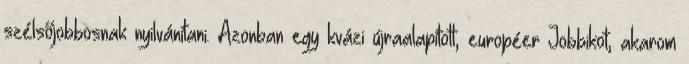
szélsőjobbosnak nyilvánítani. Azonban egy kvázi újraalapított, européer Jobbikot, akarom